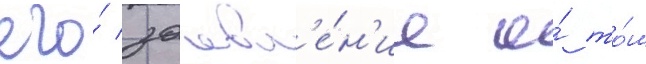
его́ заавл'е́н'ие о́ то́м